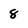
Character: 8